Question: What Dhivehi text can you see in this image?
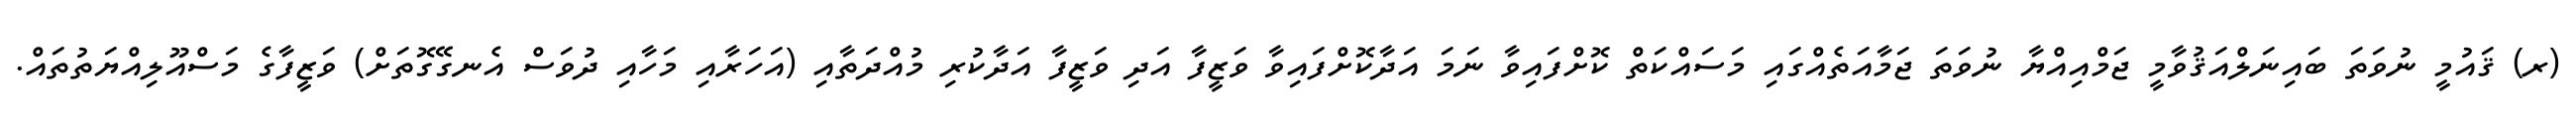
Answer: (ރ) ޤައުމީ ނުވަތަ ބައިނަލްއަޤުވާމީ ޖަމްއިއްޔާ ނުވަތަ ޖަމާއަތެއްގައި މަސައްކަތް ކޮށްފައިވާ ނަމަ އަދާކޮށްފައިވާ ވަޒީފާ އަދި ވަޒީފާ އަދާކުރި މުއްދަތާއި (އަހަރާއި މަހާއި ދުވަސް އެނގޭގޮތަށް) ވަޒީފާގެ މަސްއޫލިއްޔަތުތައް.